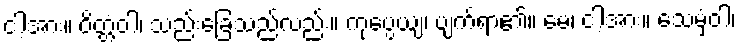
ငါ့အား။ ဝိတ္တံဝါ၊ သည်းခြေသည်လည်း။ ကုပ္ပေယျ၊ ပျက်ရာ၏။ မေ၊ ငါ့အား။ သေမှံဝါ၊